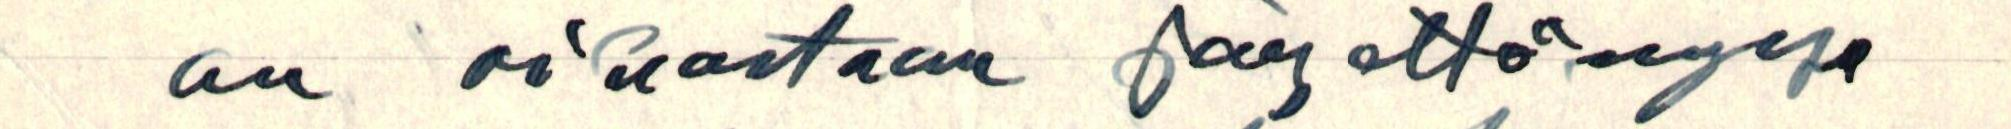
on oikeastaan järjettömyys